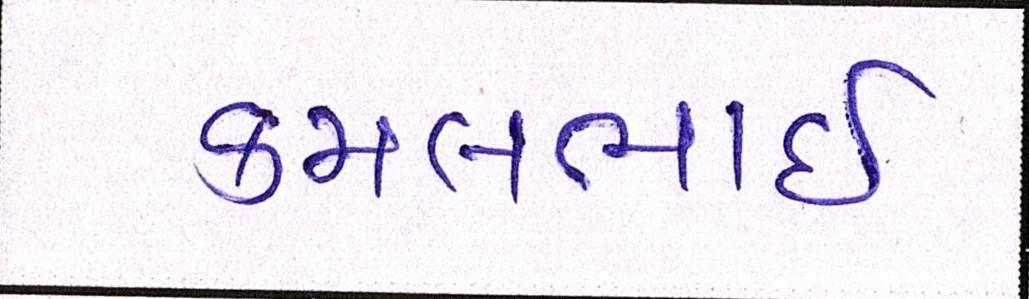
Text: કમલભાઇ